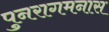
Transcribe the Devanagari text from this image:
पुनरागमनास